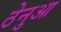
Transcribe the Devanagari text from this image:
ठेनुआ